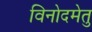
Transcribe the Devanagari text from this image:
विनोदमेतु